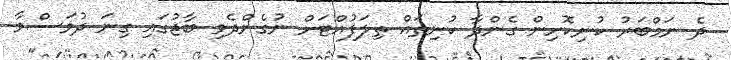
ދެ ނަމްބަރު ކުނިކޮށިން ގެންދާ ކުނިތައް ތިލަފުއްޓަށް ނުގެންދެވި ބާޖުގައި ގިނަ ދުވަސްވާ